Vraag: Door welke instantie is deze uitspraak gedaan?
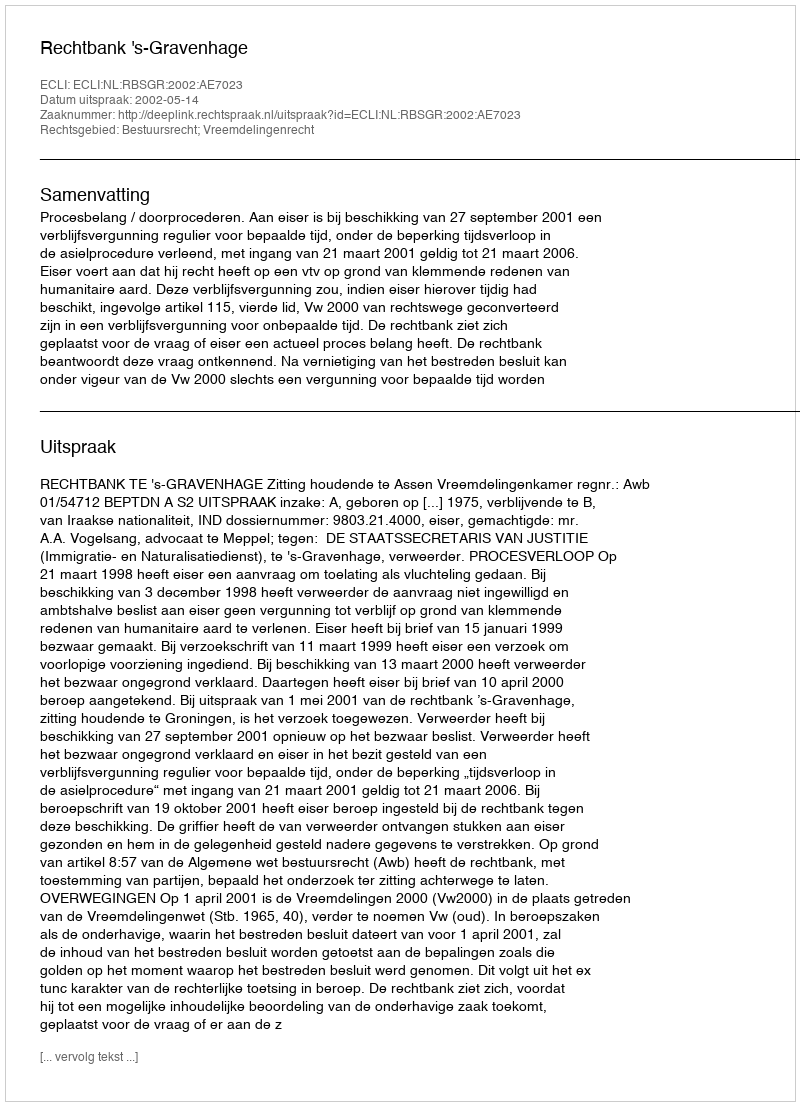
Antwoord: Rechtbank 's-Gravenhage